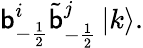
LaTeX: \mathsf{b}_{-\frac{{1}}{{2}}}^{i}\tilde{{\mathsf{b}}}_{-\frac{{1}}{{2}}}^{j}\left|k\right>.